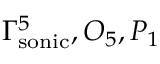
\Gamma _ { \mathrm { s o n i c } } ^ { 5 } , O _ { 5 } , P _ { 1 }